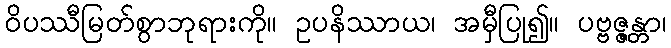
ဝိပဿီမြတ်စွာဘုရားကို။ ဥပနိဿာယ၊ အမှီပြု၍။ ပဗ္ဗဇ္ဇန္တာ၊